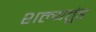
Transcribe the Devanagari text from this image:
शल्यतुंड